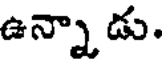
ఉన్నాడు.